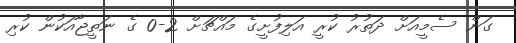
ގަން ސެމީއަށް ދަތުރު ކުރީ އަލިފުށީގެ މައްޗަށް 2-0 ގެ ނަތީޖާއަކުން ކުރި